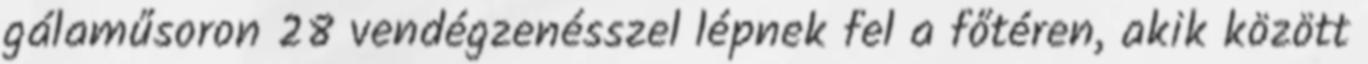
gálaműsoron 28 vendégzenésszel lépnek fel a főtéren, akik között